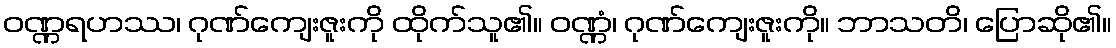
ဝဏ္ဏရဟဿ၊ ဂုဏ်ကျေးဇူးကို ထိုက်သူ၏။ ဝဏ္ဏံ၊ ဂုဏ်ကျေးဇူးကို။ ဘာသတိ၊ ပြောဆို၏။